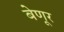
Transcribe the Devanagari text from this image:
बेणूर